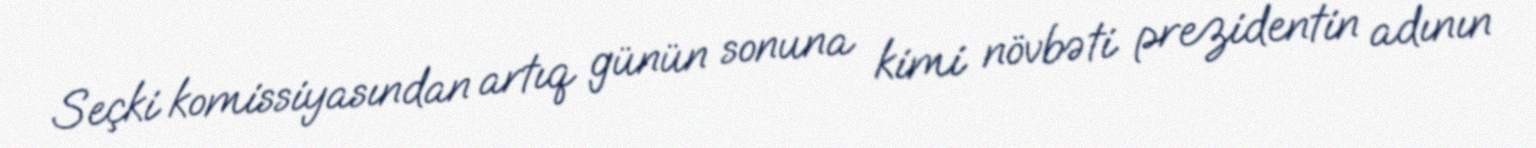
Seçki komissiyasından artıq günün sonuna kimi növbəti prezidentin adının